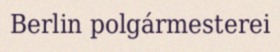
Berlin polgármesterei